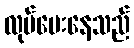
လုပ်ပေးနေသည်